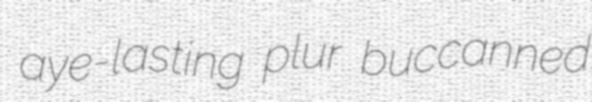
aye-lasting plur buccanned